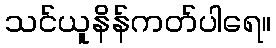
သင်ယူနိန်ကတ်ပါရေ။